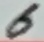
Text: 6